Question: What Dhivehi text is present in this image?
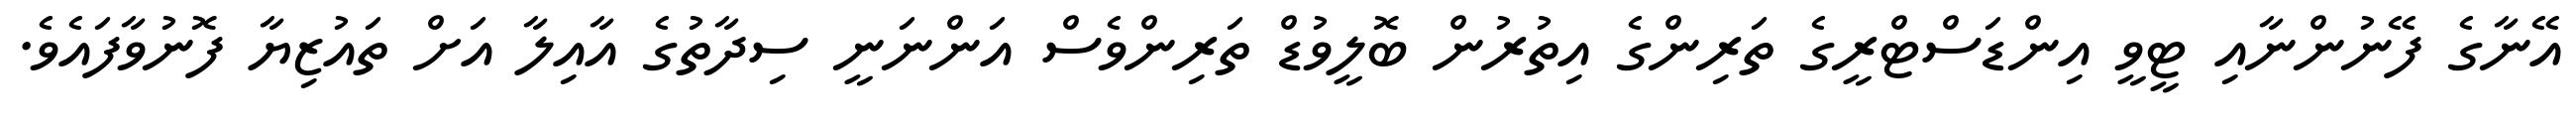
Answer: އޭނާގެ ފޭނުންނާއި ޓީވީ އިންޑަސްޓްރީގެ ތަރިންގެ އިތުރުން ބޮލީވުޑް ތަރިންވެސް އަންނަނީ ސިދާތުގެ އާއިލާ އަށް ތައުޒިޔާ ފޮނުވާފައެވެ.